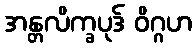
အန္တလိက္ခပုဒ် ဝိဂ္ဂဟ